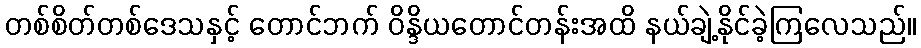
တစ်စိတ်တစ်ဒေသနှင့် တောင်ဘက် ဝိန္ဒိယတောင်တန်းအထိ နယ်ချဲ့နိုင်ခဲ့ကြလေသည်။